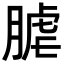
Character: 𦞐